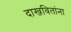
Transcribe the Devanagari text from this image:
दाखवितांना